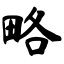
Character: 略